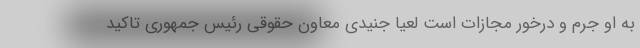
به او جرم و درخور مجازات است لعیا جنیدی معاون حقوقی رئیس جمهوری تاکید